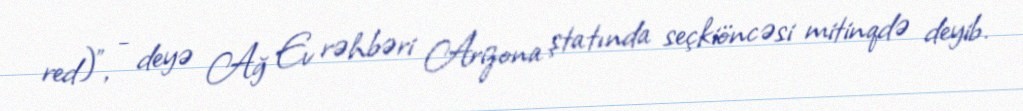
red)”, - deyə Ağ Ev rəhbəri Arizona ştatında seçkiöncəsi mitinqdə deyib.